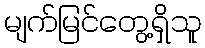
မျက်မြင်တွေ့ရှိသူ